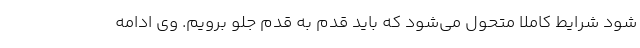
شود شرایط کاملا متحول می‌شود که باید قدم به قدم جلو برویم. وی ادامه